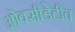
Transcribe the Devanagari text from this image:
ओक्सीडेटीव